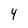
Character: 4